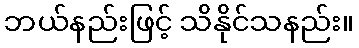
ဘယ်နည်းဖြင့် သိနိုင်သနည်း။